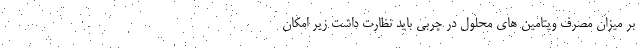
بر میزان مصرف ویتامین های محلول در چربی باید نظارت داشت زیر امکان